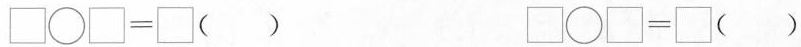
\Box \circ \Box=\Box（ ） \Box \circ \Box=\Box（ ）